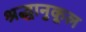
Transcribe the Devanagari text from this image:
श्रद्धानुकूल